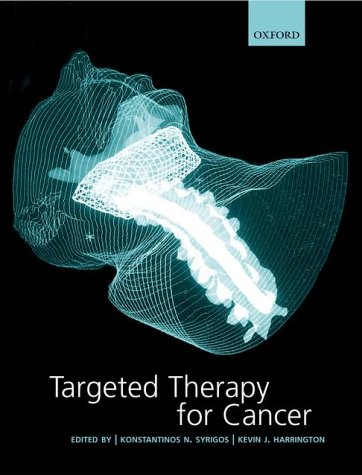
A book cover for Targeted Therapy for Cancer (Medicine); Medical Books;